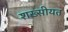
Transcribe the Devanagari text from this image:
शख्सीयत